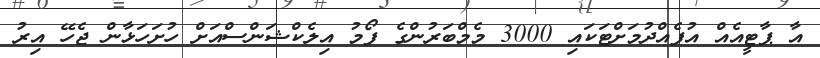
އާ ޕާޓީއެއް އުފެއްދުމަށްޓަކައި 3000 މެމްބަރުންގެ ފޯމު އިލެކްޝަންސްއަށް ހުށަހަޅާން ޖެހޭ އިރު